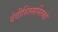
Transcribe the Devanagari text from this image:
देवीस्तिस्रस्तिस्रो